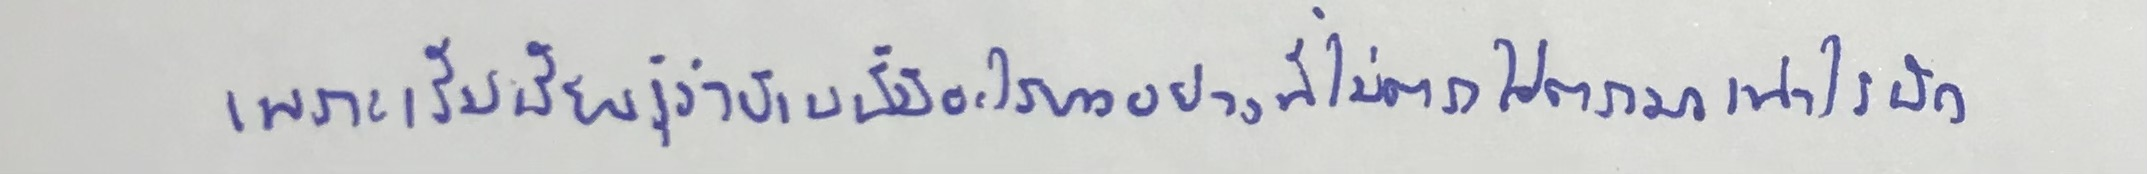
เพราะเริ่มเรียนรู้ว่าบ้านนี้มีอะไรบางอย่างที่ไม่ตรงไปตรงมาเท่าไรนัก